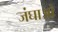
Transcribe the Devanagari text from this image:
जंघाओ